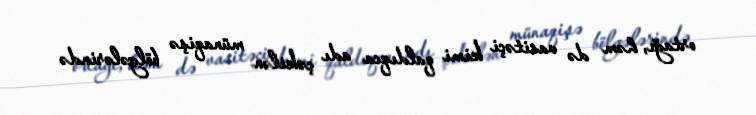
ortağı, həm də vasitəçi kimi qaldıqca adı çəkilən münaqişə bölgələrində